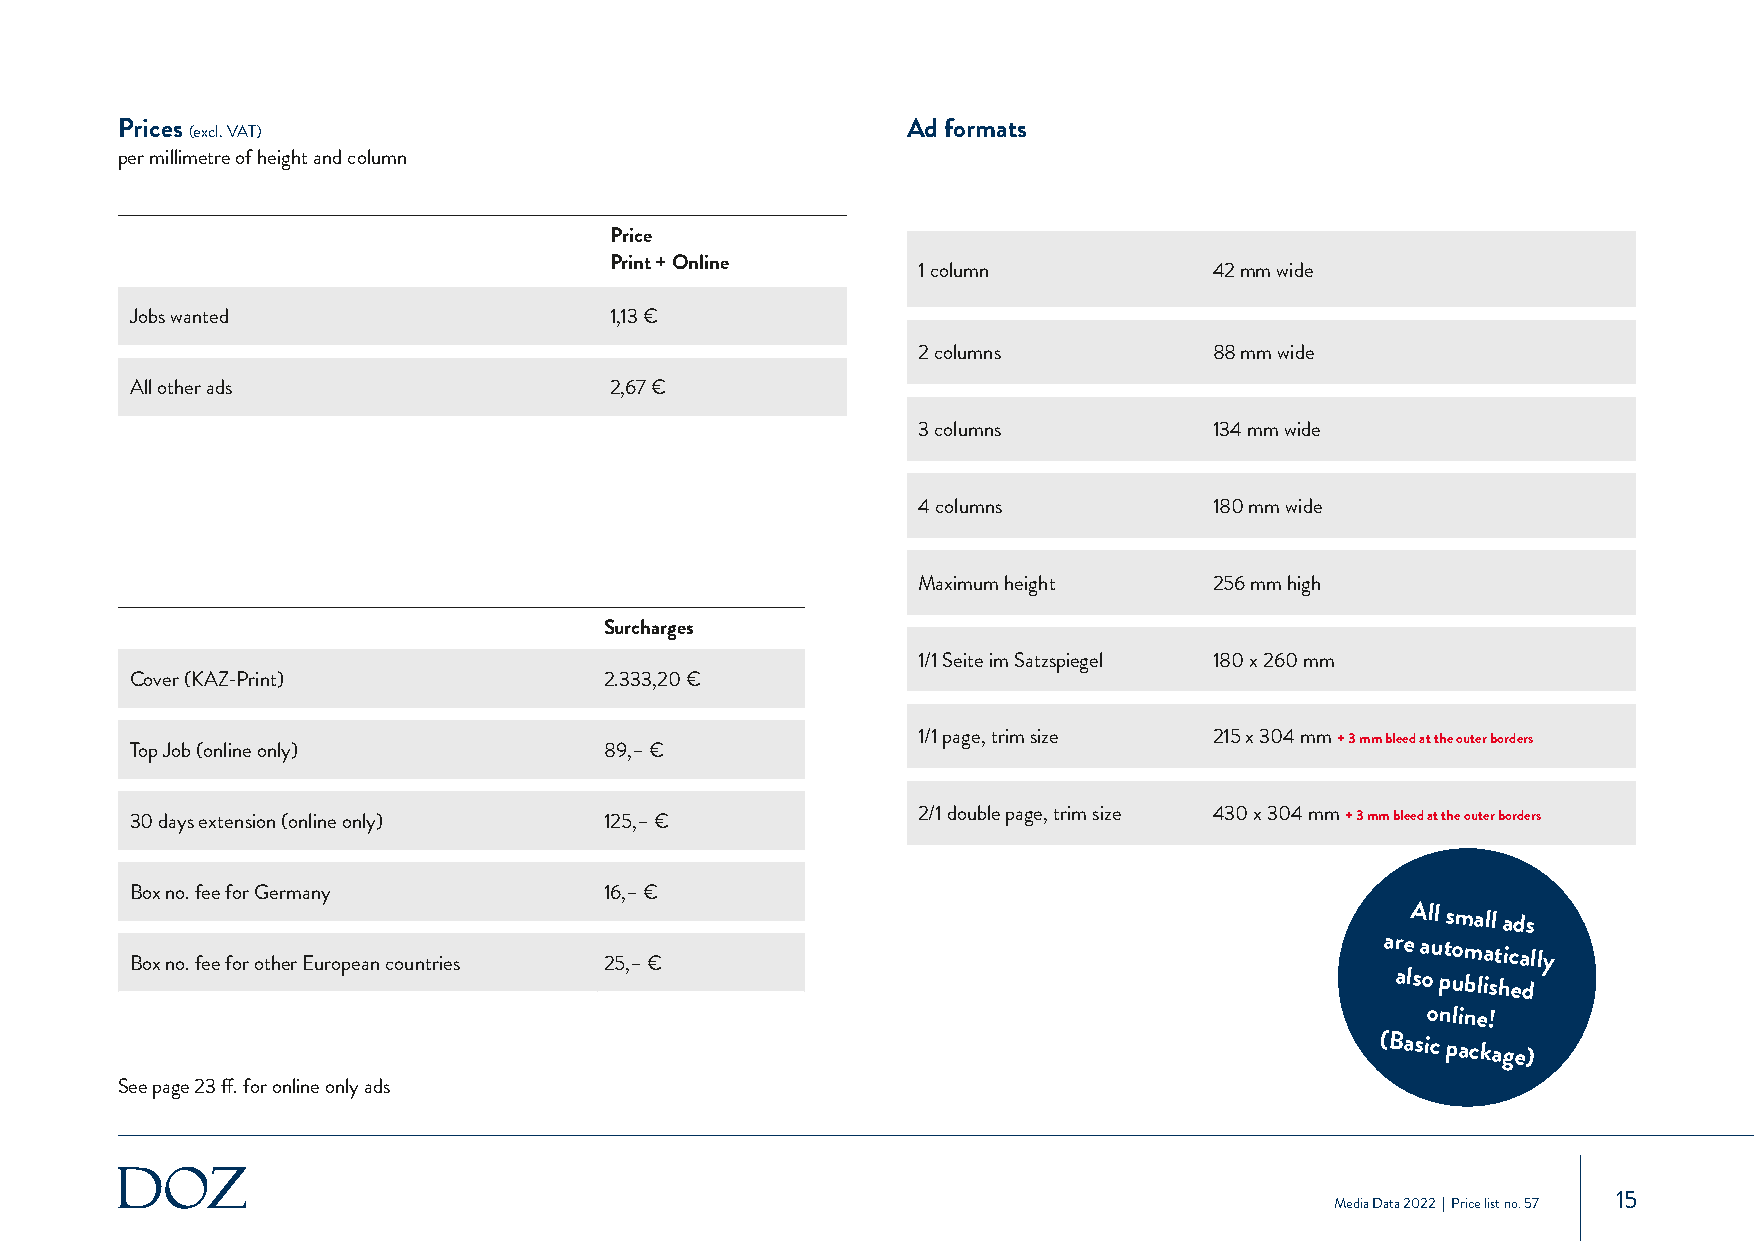
Prices (excl. VAT)                                  Ad formats
 per millimetre of height and column
 Price
 Print + Online
 1 column           42 mm wide
 Jobs wanted                    1,13 €
 2 columns          88 mm wide
 All other ads                  2,67 €
 3 columns          134 mm wide
 4 columns          180 mm wide
 Maximum height     256 mm high
 Surcharges
 1/1 Seite im Satzspiegel 180 x 260 mm
 Cover (KAZ-Print)              2.333,20 €
 1/1 page, trim size 215 x 304 mm + 3 mm bleed at the outer borders
 Top Job (online only)          89,– €
 30 days extension (online only) 125,– €             2/1 double page, trim size 430 x 304 mm + 3 mm bleed at the outer borders
 Box no. fee for Germany        16,– €
 All small
 ads
 Box no. fee for other European countries 25,– €
 are automatically
 also published
 online!
 (Basic
 package)
 See page 23 ff. for online only ads
 15
 Media Data 2022 | Price list no. 57